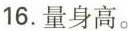
16.量身高。